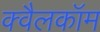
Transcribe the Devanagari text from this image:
क्वैलकॉम